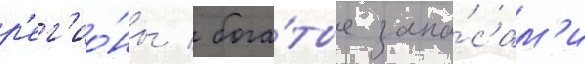
р'ег'ио́ны / бога́тые запа́сам'и